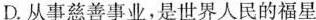
D.从事慈善事业，是世界人民的福星